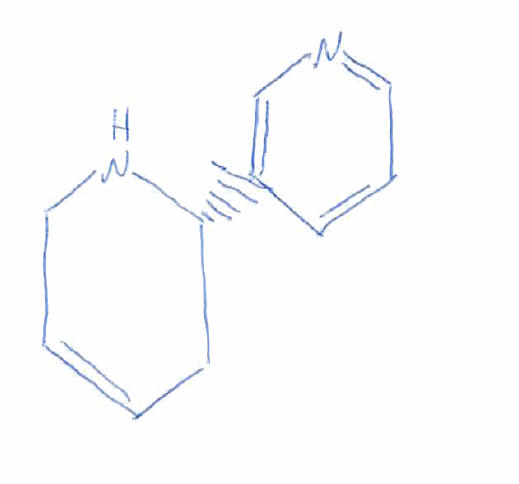
Simplified molecular-input line-entry system (SMILES) notation of the given molecule:
C1C=CCN[C@@H]1C2=CN=CC=C2